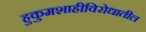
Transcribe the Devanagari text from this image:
हुकुमशाहीविरोधातील